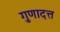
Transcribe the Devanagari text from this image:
गुणादत्त